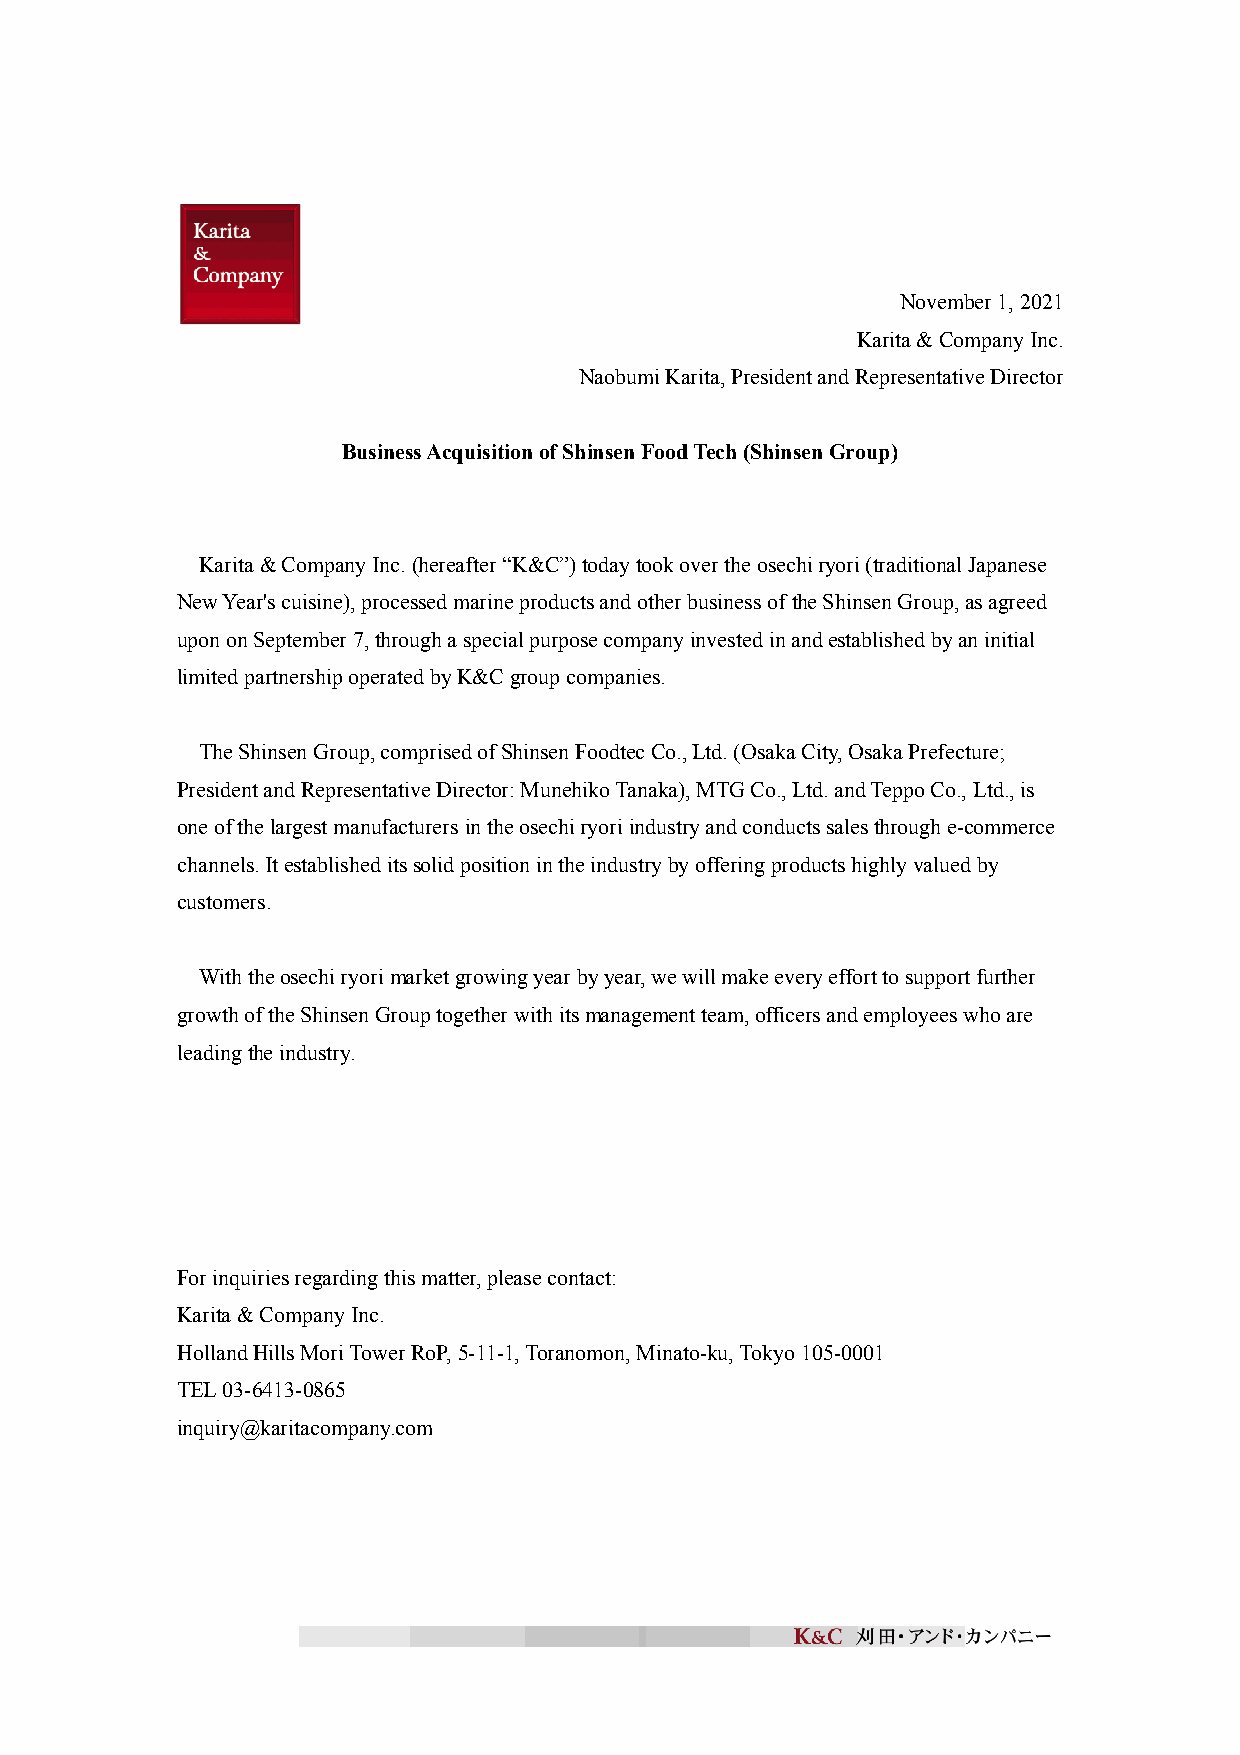
November 1, 2021
 Karita & Company Inc.
 Naobumi Karita, President and Representative Director
 Business Acquisition of Shinsen Food Tech (Shinsen Group)
 Karita & Company Inc. (hereafter “K&C”) today took over the osechi ryori (traditional Japanese
 New Year's cuisine), processed marine products and other business of the Shinsen Group, as agreed
 upon on September 7, through a special purpose company invested in and established by an initial
 limited partnership operated by K&C group companies.
 The Shinsen Group, comprised of Shinsen Foodtec Co., Ltd. (Osaka City, Osaka Prefecture;
 President and Representative Director: Munehiko Tanaka), MTG Co., Ltd. and Teppo Co., Ltd., is
 one of the largest manufacturers in the osechi ryori industry and conducts sales through e-commerce
 channels. It established its solid position in the industry by offering products highly valued by
 customers.
 With the osechi ryori market growing year by year, we will make every effort to support further
 growth of the Shinsen Group together with its management team, officers and employees who are
 leading the industry.
 For inquiries regarding this matter, please contact:
 Karita & Company Inc.
 Holland Hills Mori Tower RoP, 5-11-1, Toranomon, Minato-ku, Tokyo 105-0001
 TEL 03-6413-0865
 inquiry@karitacompany.com